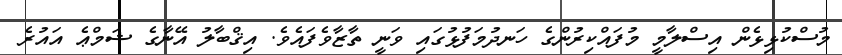
މުސްކުޅިޅެން އިސްލާމީ މުފައްކިރުންގެ ހަނދުމަފުޅުގައި ވަނީ ތާޒާވެފައެވެ. އިޤްބާލު އޭނާގެ ޝަމްޢެ އައުރެ